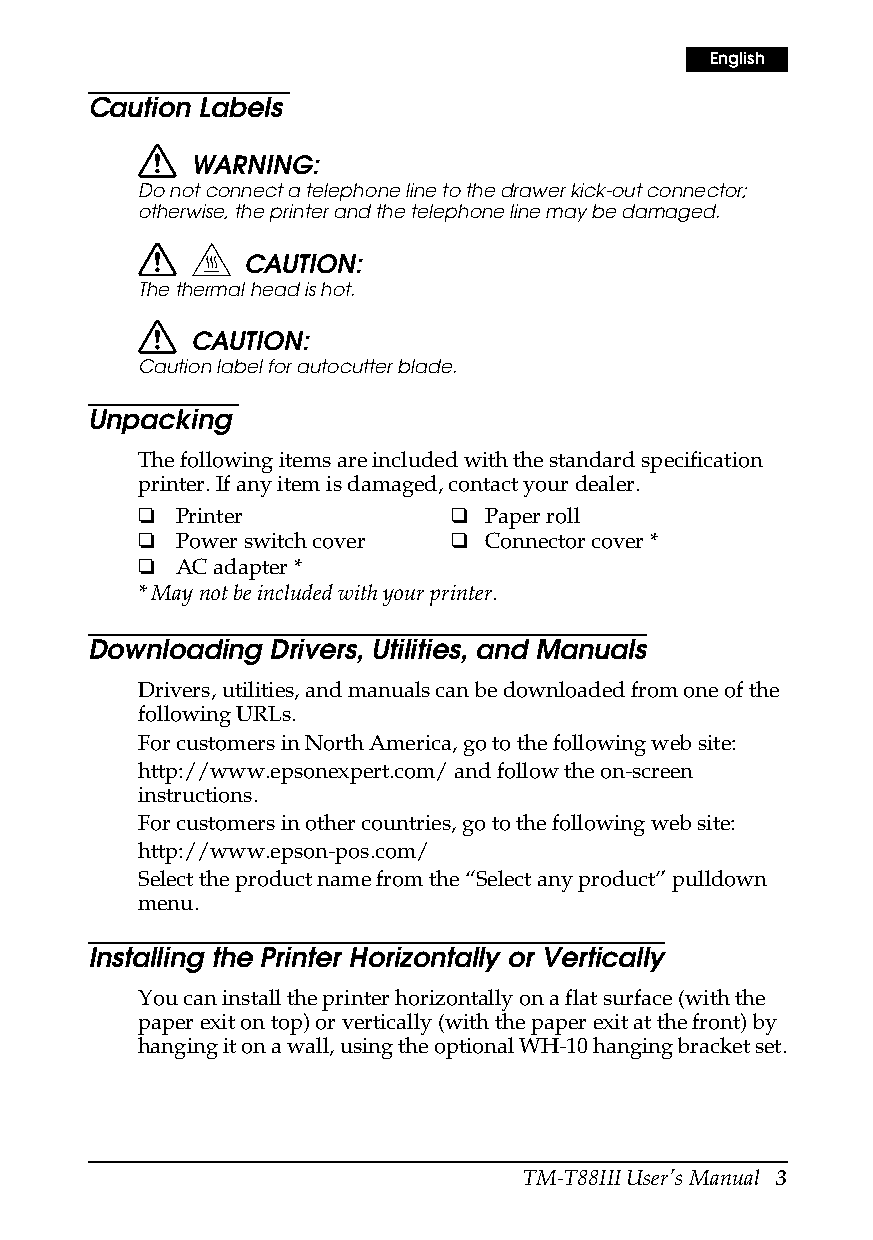
English
 Caution Labels
 WARNING:
 Do not connect a telephone line to the drawer kick-out connector;
 otherwise, the printer and the telephone line may be damaged.
 CAUTION:
 The thermal head is hot.
 CAUTION:
 Caution label for autocutter blade.
 Unpacking
 The following items are included with the standard specification
 printer. If any item is damaged, contact your dealer.
 ❏  Printer           ❑ Paper roll
 ❏  Power switch cover ❑ Connector cover *
 ❏  AC adapter *
 * May not be included with your printer.
 Downloading Drivers, Utilities, and Manuals
 Drivers, utilities, and manuals can be downloaded from one of the
 following URLs.
 For customers in North America, go to the following web site:
 http://www.epsonexpert.com/ and follow the on-screen
 instructions.
 For customers in other countries, go to the following web site:
 http://www.epson-pos.com/
 Select the product name from the “Select any product” pulldown
 menu.
 Installing the Printer Horizontally or Vertically
 You can install the printer horizontally on a flat surface (with the
 paper exit on top) or vertically (with the paper exit at the front) by
 hanging it on a wall, using the optional WH-10 hanging bracket set.
 TM-T88III User’s Manual 3